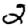
Digit: 2